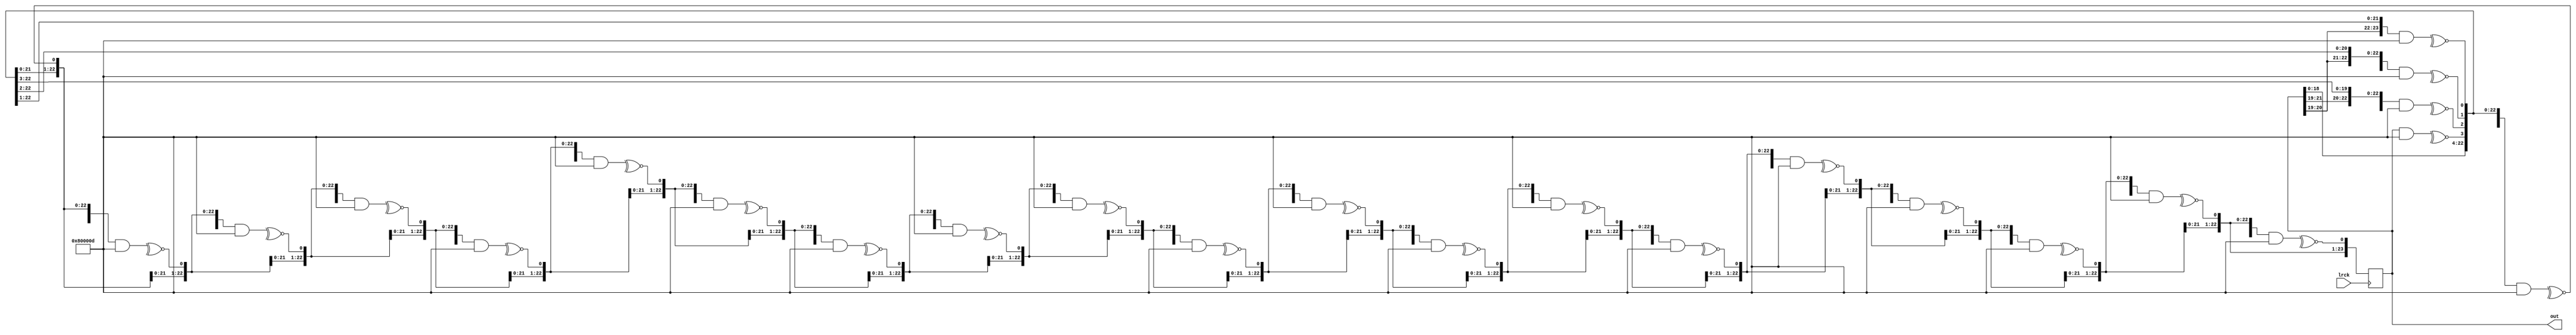
// SPDX-License-Identifier: MIT
// SPDX-FileCopyrightText: 2021 Tamas Hubai

`default_nettype none

// generate white noise for karplus-strong

module ks_noise (
   input lrck,
   output signed [23:0] out
);

reg signed [23:0] lfsr;
wire signed [23:0] shifted [24:0];

generate genvar i;
   assign shifted[0] = lfsr;
   for (i=0; i<24; i=i+1) begin : shift
      assign shifted[i+1] = {shifted[i][22:0], ~^(shifted[i] & 24'h80000D)};
   end
endgenerate

always @ (posedge lrck) begin
   lfsr <= shifted[24];
end

assign out = lfsr;

endmodule

`default_nettype wire